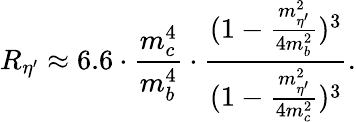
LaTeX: R_{\eta^{\prime}}\approx 6.6\cdot\frac{m_{c}^{4}}{m_{b}^{4}}\cdot\frac{(1-\frac{m_{\eta^{\prime}}^{2}}{4m_{b}^{2}})^{3}}{(1-\frac{m_{\eta^{\prime}}^{2}}{4m_{c}^{2}})^{3}}.